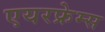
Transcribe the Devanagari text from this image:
एयरफ्रेम्स